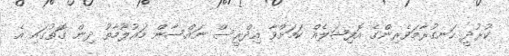
ކުރުދީ ހަނގުރާމަވެރިންގެ އޮފިޝަލެއް ކަމަށްވާ އިދްރީސް ނައްސާން މައުލޫމާތު ދިން ގޮތުގައި އެ